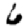
Digit: 6